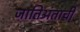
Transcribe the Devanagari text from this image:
जातिअंताची